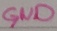
Text: GND